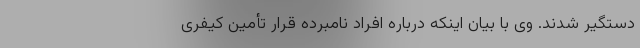
دستگیر شدند. وی با بیان اینکه درباره افراد نامبرده قرار تأمین کیفری